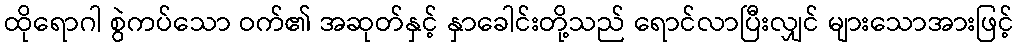
ထိုရောဂါ စွဲကပ်သော ဝက်၏ အဆုတ်နှင့် နှာခေါင်းတို့သည် ရောင်လာပြီးလျှင် များသောအားဖြင့်